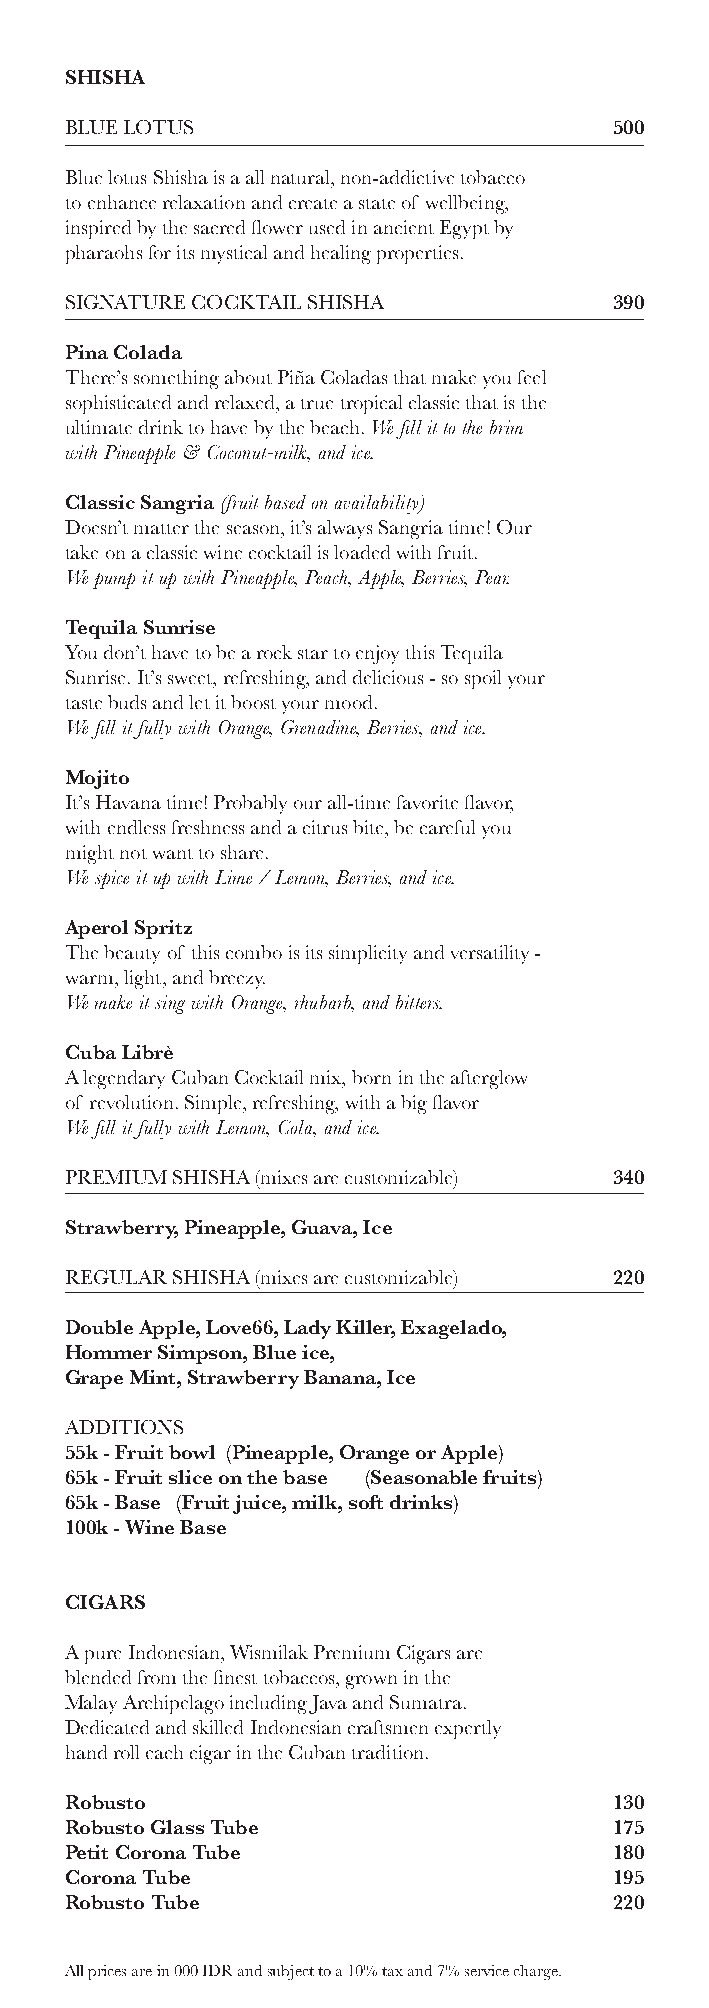
SHISHA
 BLUE LOTUS                           500
 Blue lotus Shisha is a all natural, non-addictive tobacco
 to enhance relaxation and create a state of wellbeing,
 inspired by the sacred flower used in ancient Egypt by
 pharaohs for its mystical and healing properties.
 SIGNATURE COCKTAIL SHISHA            390
 Pina Colada
 There’s something about Piña Coladas that make you feel
 sophisticated and relaxed, a true tropical classic that is the
 ultimate drink to have by the beach. We fill it to the brim
 with Pineapple & Coconut-milk, and ice.
 Classic Sangria (fruit based on availability)
 Doesn’t matter the season, it’s always Sangria time! Our
 take on a classic wine cocktail is loaded with fruit.
 We pump it up with Pineapple, Peach, Apple, Berries, Pear.
 Tequila Sunrise
 You don’t have to be a rock star to enjoy this Tequila
 Sunrise. It’s sweet, refreshing, and delicious - so spoil your
 taste buds and let it boost your mood.
 We fill it fully with Orange, Grenadine, Berries, and ice.
 Mojito
 It’s Havana time! Probably our all-time favorite flavor,
 with endless freshness and a citrus bite, be careful you
 might not want to share.
 We spice it up with Lime / Lemon, Berries, and ice.
 Aperol Spritz
 The beauty of this combo is its simplicity and versatility -
 warm, light, and breezy.
 We make it sing with Orange, rhubarb, and bitters.
 Cuba Librè
 A legendary Cuban Cocktail mix, born in the afterglow
 of revolution. Simple, refreshing, with a big flavor
 We fill it fully with Lemon, Cola, and ice.
 PREMIUM SHISHA (mixes are customizable) 340
 Strawberry, Pineapple, Guava, Ice
 REGULAR SHISHA (mixes are customizable) 220
 Double Apple, Love66, Lady Killer, Exagelado,
 Hommer Simpson, Blue ice,
 Grape Mint, Strawberry Banana, Ice
 ADDITIONS
 55k - Fruit bowl (Pineapple, Orange or Apple)
 65k - Fruit slice on the base (Seasonable fruits)
 65k - Base (Fruit juice, milk, soft drinks)
 100k - Wine Base
 CIGARS
 A pure Indonesian, Wismilak Premium Cigars are
 blended from the finest tobaccos, grown in the
 Malay Archipelago including Java and Sumatra.
 Dedicated and skilled Indonesian craftsmen expertly
 hand roll each cigar in the Cuban tradition.
 Robusto                              130
 Robusto Glass Tube                   175
 Petit Corona Tube                    180
 Corona Tube                          195
 Robusto Tube                         220
 All prices are in 000 IDR and subject to a 10% tax and 7% service charge.